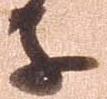
等